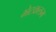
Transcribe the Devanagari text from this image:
भेटकलम